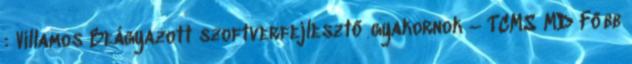
: Villamos Beágyazott szoftverfejlesztő gyakornok – TCMS MD Főbb